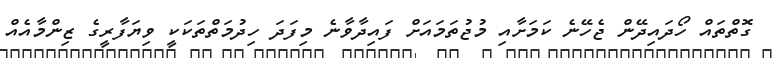
ގޮތްތައް ހޯދައިދޭން ޖެހޭނެ ކަމަށާއި މުޖުތަމައަށް ފައިދާވާނެ މިފަދަ ހިދުމަތްތަކަކީ ވިޔަފާރީގެ ޒިންމާއެއް